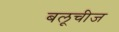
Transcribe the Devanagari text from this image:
बलूचीज